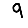
Digit: 9